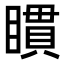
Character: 𥊫